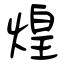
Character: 煌